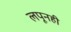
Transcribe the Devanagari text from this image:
लपूनही